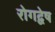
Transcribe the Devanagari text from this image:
रोगद्वेष